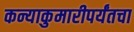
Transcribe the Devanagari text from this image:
कन्याकुमारीपर्यंतचा